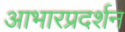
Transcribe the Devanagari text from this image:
आभारप्रदर्शन